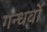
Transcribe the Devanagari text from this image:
गन्धर्वो